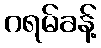
ဂရမ်ခန့်